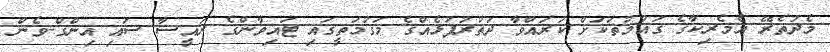
މެދުތެރޭ އެމެރިކާގެ ގައުމުތަކަށް ކުރައްވާ ދަތުރުފުޅެއްގެ މަގުމަތީގައި ޓައިވާންގެ ރައީސާ ސައި އިންގް-ވެން